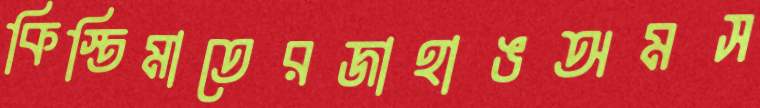
কিস্তিমাতেরজাহাঙঅমস